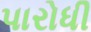
પારોધી